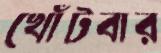
খোঁটবার